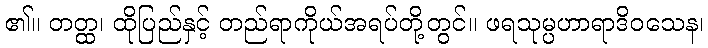
၏။ တတ္ထ၊ ထိုပြည်နှင့် တည်ရာကိုယ်အရပ်တို့တွင်။ ဖရသုမ္ပဟာရာဒိဝသေန၊